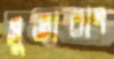
সুতারাং